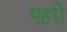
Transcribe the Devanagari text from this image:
पहरो